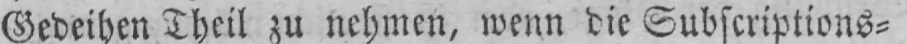
Gedeihen Theil zu nehmen, wenn die Subscriptions⸗